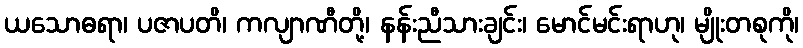
ယသောဓရာ၊ ပဇာပတိ၊ ကလျာဏီတို့၊ နန်းညီသားချင်း၊ မောင်မင်းရာဟု၊ မျိုးတစုကို၊